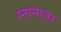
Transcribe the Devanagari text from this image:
स्नानाला